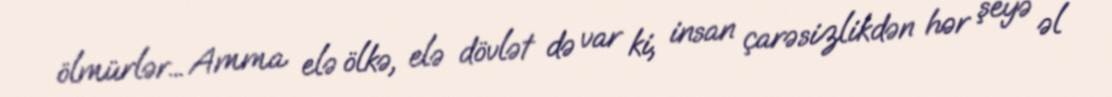
ölmürlər... Amma elə ölkə, elə dövlət də var ki, insan çarəsizlikdən hər şeyə əl